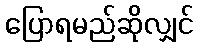
ပြောရမည်ဆိုလျှင်